system: You are a helpful assistant.
user:
Analyze the provided spectrum to determine if it is a **White Dwarf (WD)**.

A White Dwarf spectrum is defined by its **extreme purity** (due to gravitational settling) and/or **extreme pressure broadening** (due to high surface gravity). You must check for one of the following mutually exclusive signatures:

- **Key Visual Indicators (Check for ONE of these types):**

    - **1. DA-Type Signature (Most Common):**
        - **(Primary Feature):** Extreme pressure broadening (Stark broadening) of the **Hydrogen (H) Balmer lines**.
        - **(Key Lines):** $H\beta$ (approx. $4861$ Å) and $H\gamma$ (approx. $4340$ Å). $H\alpha$ (approx. $6563$ Å) will also be present if the wavelength range covers it.
        - **(Line Profile):** This is the **defining feature**. The lines are **NOT** sharp. They appear as massive, **extremely broad and deep "troughs" or "dips"** in the spectrum, often hundreds of Ångströms wide. The continuum will appear to "scoop" down at these wavelengths.
        - **(Distinction):** Normal A-type or B-type stars have *narrow* and *sharp* Hydrogen lines. A DA White Dwarf's lines are unmistakably "smeared" or "blurry" from pressure.

    - **2. DB-Type Signature:**
        - **(Primary Feature):** Broad absorption lines from **Neutral Helium (He I)**. The spectrum must lack any visible Hydrogen lines.
        - **(Key Lines):** Look for broad absorption near $4471$ Å, $4921$ Å, and $5876$ Å.
        - **(Line Profile):** These lines are also significantly pressure-broadened, appearing much wider than they would in a normal B-type main-sequence star.

    - **3. DC-Type Signature:**
        - **(Primary Feature):** A **featureless continuous spectrum**.
        - **(Line Profile):** The spectrum is a smooth curve with **no significant absorption or emission lines**.
        - **(Key Confirmation):** The continuum is almost always **blue or white**, indicating a hot object. This signature implies the atmosphere is so pure (or so cool) that no spectral lines are visible in the optical range. Its WD identity is confirmed by its extremely low intrinsic brightness (high absolute magnitude).

    - **4. DZ-Type Signature (Metal-Polluted):**
        - **(Primary Feature):** **Isolated, narrow metal absorption lines** on an otherwise featureless (DC-like) continuum.
        - **(Key Lines):** The **Calcium (Ca II) H & K doublet** (approx. **$3934$ Å** and **$3968$ Å**) is the most common and defining feature.
        - **(Line Profile):** These lines are "out of place." They are *not* part of a "forest" of thousands of lines. This signature is evidence of recent *accretion* (pollution) from rocky debris.
        - **(Distinction):** Normal G/K/M stars have a *dense forest* of thousands of metal lines. A DZ has a *clean* continuum with *only a few* strong metal lines.

    - **5. DQ-Type Signature (Carbon-Polluted):**
        - **(Primary Feature):** Absorption bands from **Carbon (C₂ "Swan Bands" or atomic C I)**.
        - **(Key Lines - C₂):** Look for bandheads with a "saw-tooth" shape near $5635$ Å, **$5165$ Å** (strongest), and $4737$ Å.
        - **(Key Confirmation):** The underlying **continuum must be blue or white** (hot).
        - **(Distinction):** This is the critical difference from a **Carbon Star**, which has the *exact same* C₂ bands but on an extremely **red, cool** continuum.

- **(Overall Spectrum):**
    - The continuum (overall shape) is typically **blue-sloping** (brighter in the blue than the red), as most white dwarfs are very hot.
    - The spectrum will look "pure" or "simple," dominated by only *one* of the five signatures listed above.

Think first, call **spectral_visualization_tool** if needed to examine features in detail, then provide your final answer. Your response must adhere to the following strict rules:
1.  **Overall Structure:** Your response must follow the format `<think>...</think> <tool_call>...</tool_call> (if a tool is used) <answer>...</answer>`.
2.  **Tool Usage Constraint:** You may only make **one** tool call per turn.
3.  **Final Answer Format:** In the `<answer>` tag, your conclusion must be inside a `\boxed{}` command (e.g., `\boxed{YES}` or `\boxed{NO}`), followed by your justification.

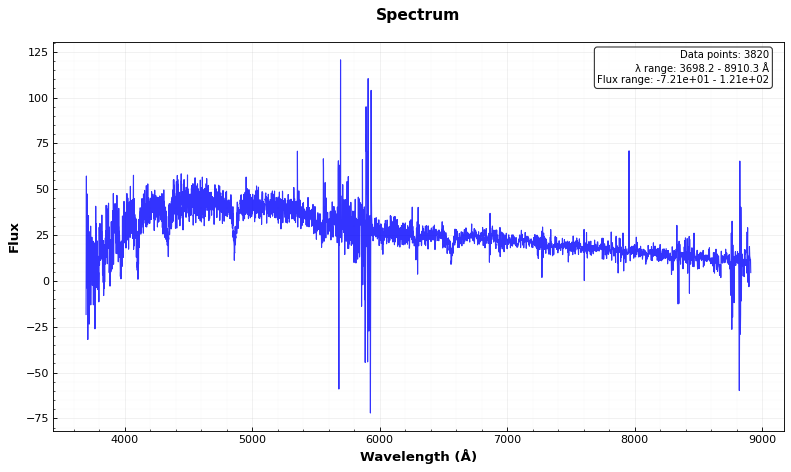
Answer: YES